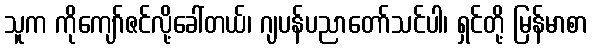
သူက ကိုကျော်ဇင်လို့ခေါ်တယ်၊ ဂျပန်ပညာတော်သင်ပါ၊ ရှင်တို့ မြန်မာစာ